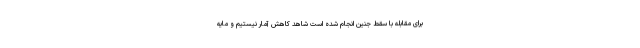
برای مقابله با سقط جنین انجام شده است شاهد کاهش آمار نیستیم و مایه